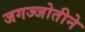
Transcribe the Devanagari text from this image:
जगज्जोतीने